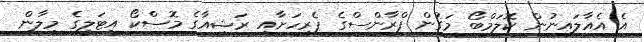
އެ އެއާލައިނުން ކޮލަމްބޯ މަގުން ފްރާންސްގެ ޕެރިހަށާއި ރަޝިއާގެ މޮސްކޯ އިޓަލީގެ މިލާން